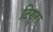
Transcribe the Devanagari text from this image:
टिग्रा